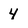
Character: 4